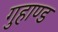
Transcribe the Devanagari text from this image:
गुहाण्ड